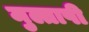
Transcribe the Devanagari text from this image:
मुल्तापी